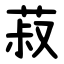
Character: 菽